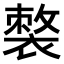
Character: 𧜌